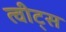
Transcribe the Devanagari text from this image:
त्वीट्स